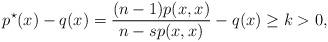
LaTeX: \begin{align*} p^\star(x)-q(x)=\frac{(n-1)p(x,x)}{n-sp(x,x)}-q(x)\geq k>0, \end{align*}